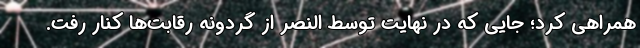
همراهی کرد؛ جایی که در نهایت توسط النصر از گردونه رقابت‌ها کنار رفت.